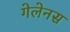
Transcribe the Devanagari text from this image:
गेलेनस